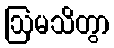
ဩမသိတွာ